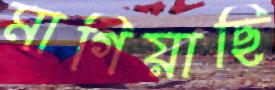
মাগিয়াছি